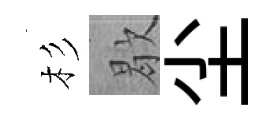
杉歇尘